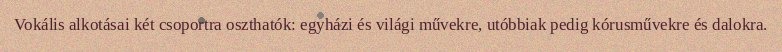
Vokális alkotásai két csoportra oszthatók: egyházi és világi művekre, utóbbiak pedig kórusművekre és dalokra.